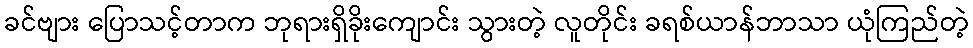
ခင်ဗျား ပြောသင့်တာက ဘုရားရှိခိုးကျောင်း သွားတဲ့ လူတိုင်း ခရစ်ယာန်ဘာသာ ယုံကြည်တဲ့